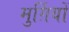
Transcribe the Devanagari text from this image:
मुर्ग़ियों